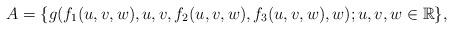
LaTeX: \begin{align*} A =\{g(f_1(u,v,w),u,v,f_2(u,v,w), f_3(u,v,w), w); u,v,w \in \mathbb R \}, \end{align*}